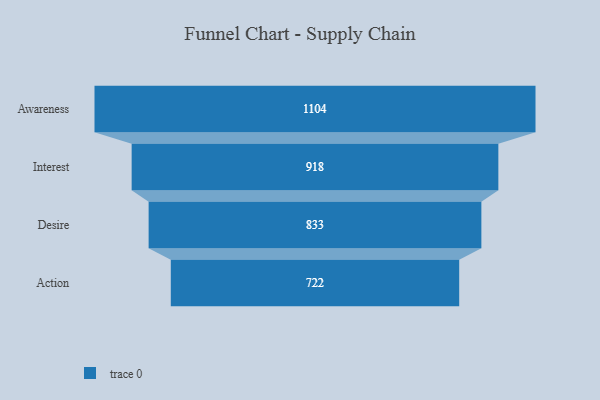
{"axis": {"x": "Stage", "y": "Value"}, "legend": [""], "data": [{"x": "Awareness", "y": 1104.0, "type": ""}, {"x": "Interest", "y": 918.0, "type": ""}, {"x": "Desire", "y": 833.0, "type": ""}, {"x": "Action", "y": 722.0, "type": ""}]}